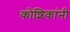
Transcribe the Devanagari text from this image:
कोशिकांनी